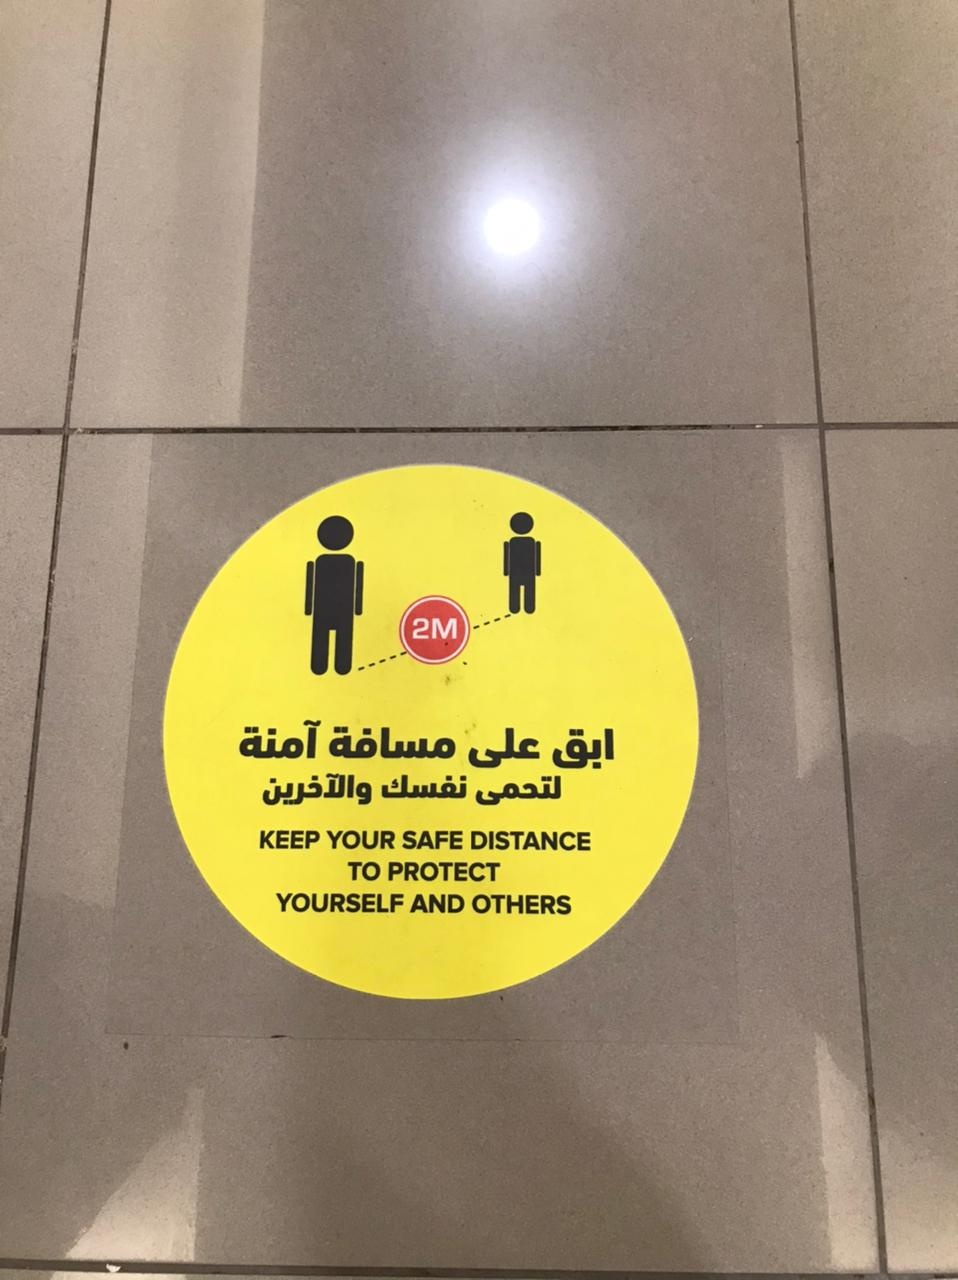
Text in image: آمنة مسافة على ابق نفسك والآخرين لتحمى 2M KEEP YOUR SAFE DISTANCE TO PROTECT YOURSELF OTHERS AND